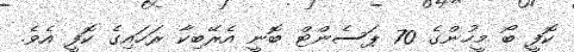
ކޮފީ ބޯ މީހުންގެ 70 ޕަސެންޓް ބޮނީ އެރޭބިކާ ރަހައިގެ ކޮފީ އެވެ.